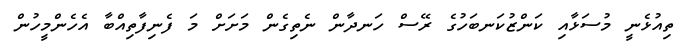
ތިއުޅެނީ މުސަޅާއި ކަންޒުކަނބަހުގެ ރޭސް ހަނދާން ނެތިގެން މަށަށް މަ ފެނިފާތިއްބާ އެހެންމީހުން